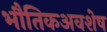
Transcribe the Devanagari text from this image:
भौतिकअवशेष